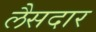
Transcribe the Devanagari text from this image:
लैसदार